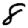
Digit: 8